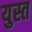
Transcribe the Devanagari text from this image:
युस्त